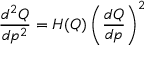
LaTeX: { \frac { d ^ { 2 } Q } { d p ^ { 2 } } } = H ( Q ) \left( { \frac { d Q } { d p } } \right) ^ { 2 }